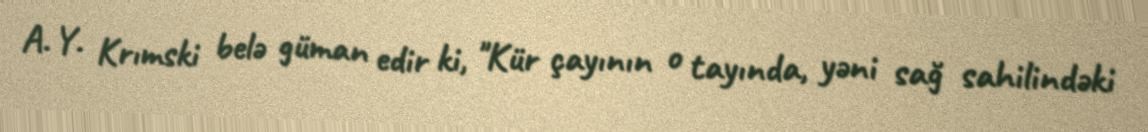
A. Y. Krımski belə güman edir ki, "Kür çayının o tayında, yəni sağ sahilindəki